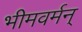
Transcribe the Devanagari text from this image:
भीमवर्मन्